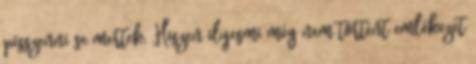
pisszenni se mertek. Hiszen ilyesmi még nem történt emlékezet